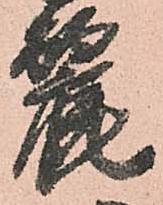
麗